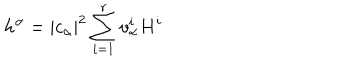
h ^ { \alpha } = | c _ { \alpha } | ^ { 2 } \sum _ { i = 1 } ^ { r } v _ { \alpha } ^ { i } H ^ { i }